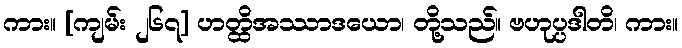
ကား။ [ကျမ်း ၂၆၇] ဟတ္ထိအဿာဒယော၊ တို့သည်။ ဗဟုပ္ပဒါတိ၊ ကား။